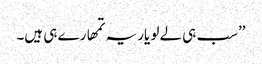
’’سب ہی لے لو یار یہ تمھارے ہی ہیں۔